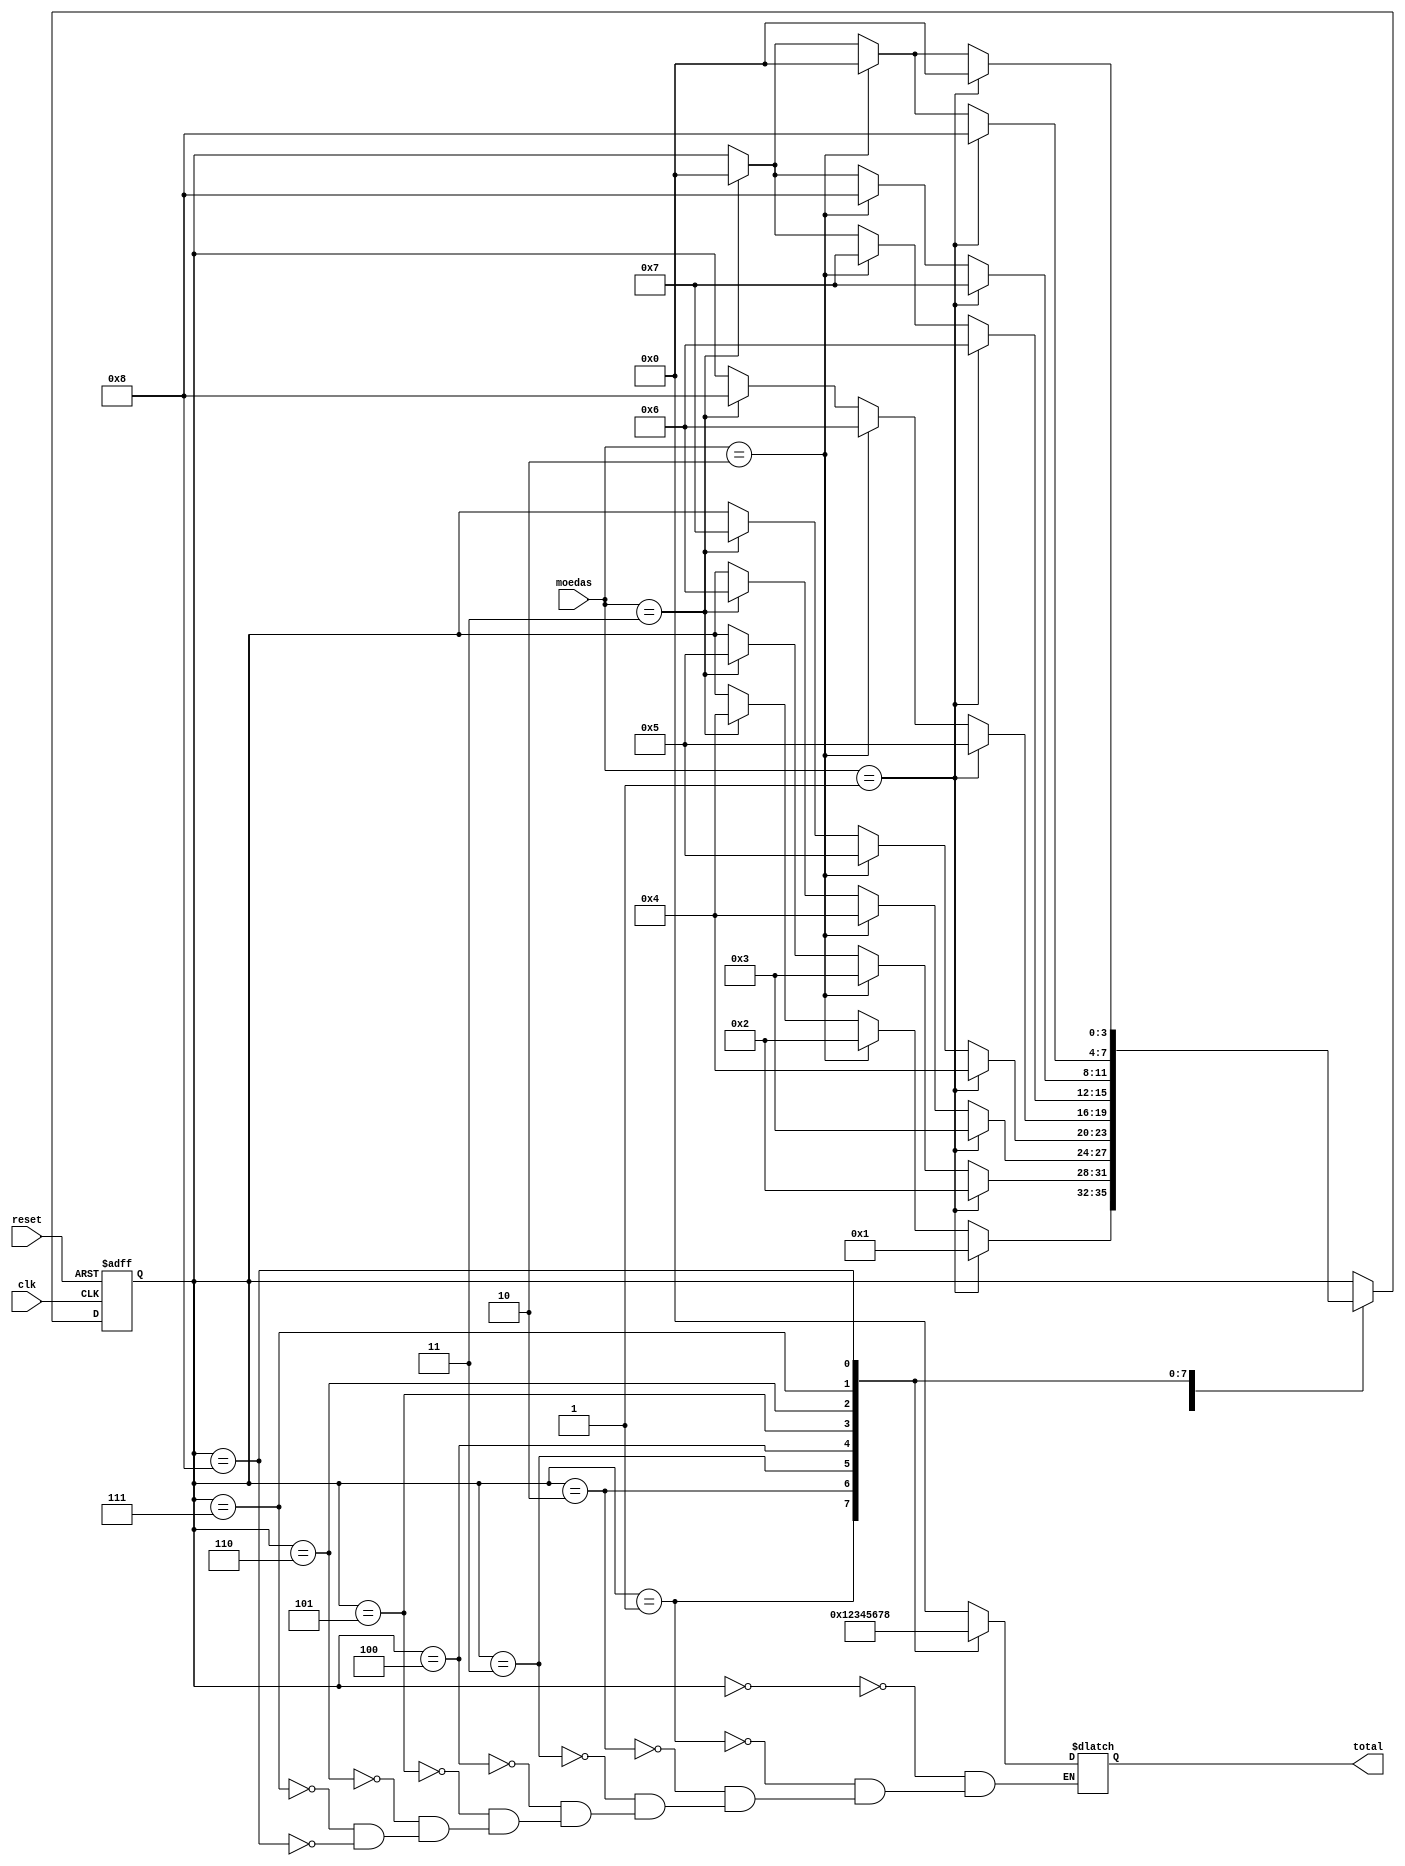
/* Modulo de acumulacao de moedas inseridas, responsavel por acumular as moedas inseridas pelo usuario
	Criado por: Antony Araujo e Ozenilson Alisson 
	Data: 18 jun 2021*/

module acumulador(moedas, clk, reset, total);
   input wire clk, reset;
	input [1:0] moedas;    
   output reg [3:0] total;

	//definicao de paramentros de 0 a 8 (0000 a 1000 em binario)
	localparam [3:0] c_0 = 0, c_25 = 1, c_50 = 2, c_75 = 3, c_1 = 4, c_125 = 5, c_150 = 6, c_175 =  7, c_2 = 8;
    
	reg [3:0] state_reg, state_next;  
 
	always @(posedge clk, posedge reset) begin
		if (reset) begin
			state_reg <= c_0;
		end
		else begin
			state_reg <= state_next;
		end
	end 

	//logica de troca de estados e de atribuicao de valores a saida
	always @(moedas[1], moedas[0], state_reg) begin     	 	
		state_next = state_reg;
		case(state_reg)
			c_0: begin
				total = c_0;
				if(moedas == 2'b01)
					state_next = 4'b0001;
				else if (moedas == 2'b10)
					state_next = 4'b0010;
				else if (moedas == 2'b11)	
					state_next = 4'b0100;
				else
					state_next = state_reg;
			end
			c_25: begin
				total = c_25;
				if(moedas == 2'b01)
					state_next = 4'b0010;
				else if (moedas == 2'b10)
					state_next = 4'b0011;
				else if (moedas == 2'b11)	
					state_next = 4'b0101;
				else
					state_next = state_reg;
			end
			c_50: begin
				total = c_50;
				if(moedas == 2'b01)
					state_next = 4'b0011;
				else if (moedas == 2'b10)
					state_next = 4'b0100;
				else if (moedas == 2'b11)	
					state_next = 4'b0110;
				else
					state_next = state_reg;
			end
			c_75: begin
				total = c_75;
				if(moedas == 2'b01)
					state_next = 4'b0100;
				else if (moedas == 2'b10)
					state_next = 4'b0101;
				else if (moedas == 2'b11)	
					state_next = 4'b0111;
				else
					state_next = state_reg;
			end
			c_1: begin
				total = c_1;
				if(moedas == 2'b01)
					state_next = 4'b0101;
				else if (moedas == 2'b10)
					state_next = 4'b0110;
				else if (moedas == 2'b11)	
					state_next = 4'b1000;
				else
					state_next = state_reg;
			end
			c_125: begin
				total = c_125;
				if(moedas == 2'b01)
					state_next = 4'b0110;
				else if (moedas == 2'b10)
					state_next = 4'b0111;
				else if (moedas == 2'b11)	
					state_next = 4'b0000;
				else
					state_next = state_reg;
			end
			c_150: begin
				total = c_150;
				if(moedas == 2'b01)
					state_next = 4'b0111;
				else if (moedas == 2'b10)
					state_next = 4'b1000;
				else if (moedas == 2'b11)	
					state_next = 4'b0000;
				else
					state_next = state_reg;
			end
			c_175: begin
				total = c_175;
				if(moedas == 2'b01)
					state_next = 4'b1000;
				else if (moedas == 2'b10)
					state_next = 4'b0000;
				else if (moedas == 2'b11)	
					state_next = 4'b0000;
				else
					state_next = state_reg;
			end
			c_2: begin
				total = c_2;
				if(moedas == 2'b01)
					state_next = 4'b0000;
				else if (moedas == 2'b10)
					state_next = 4'b0000;
				else if (moedas == 2'b11)	
					state_next = 4'b0000;
				else
					state_next = state_reg;
			end
		 endcase
	end 

endmodule